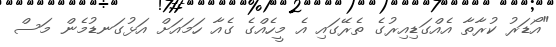
"އޯޑަރު ކުރާތާ އެއްގަޑިއިރުގެ ތެރޭގައި އެ މީހެއްގެ ގެއާ ހަމައަށް އަޅުގަނޑުމެން މަސް